Martna_vallavalitsus, lk 34
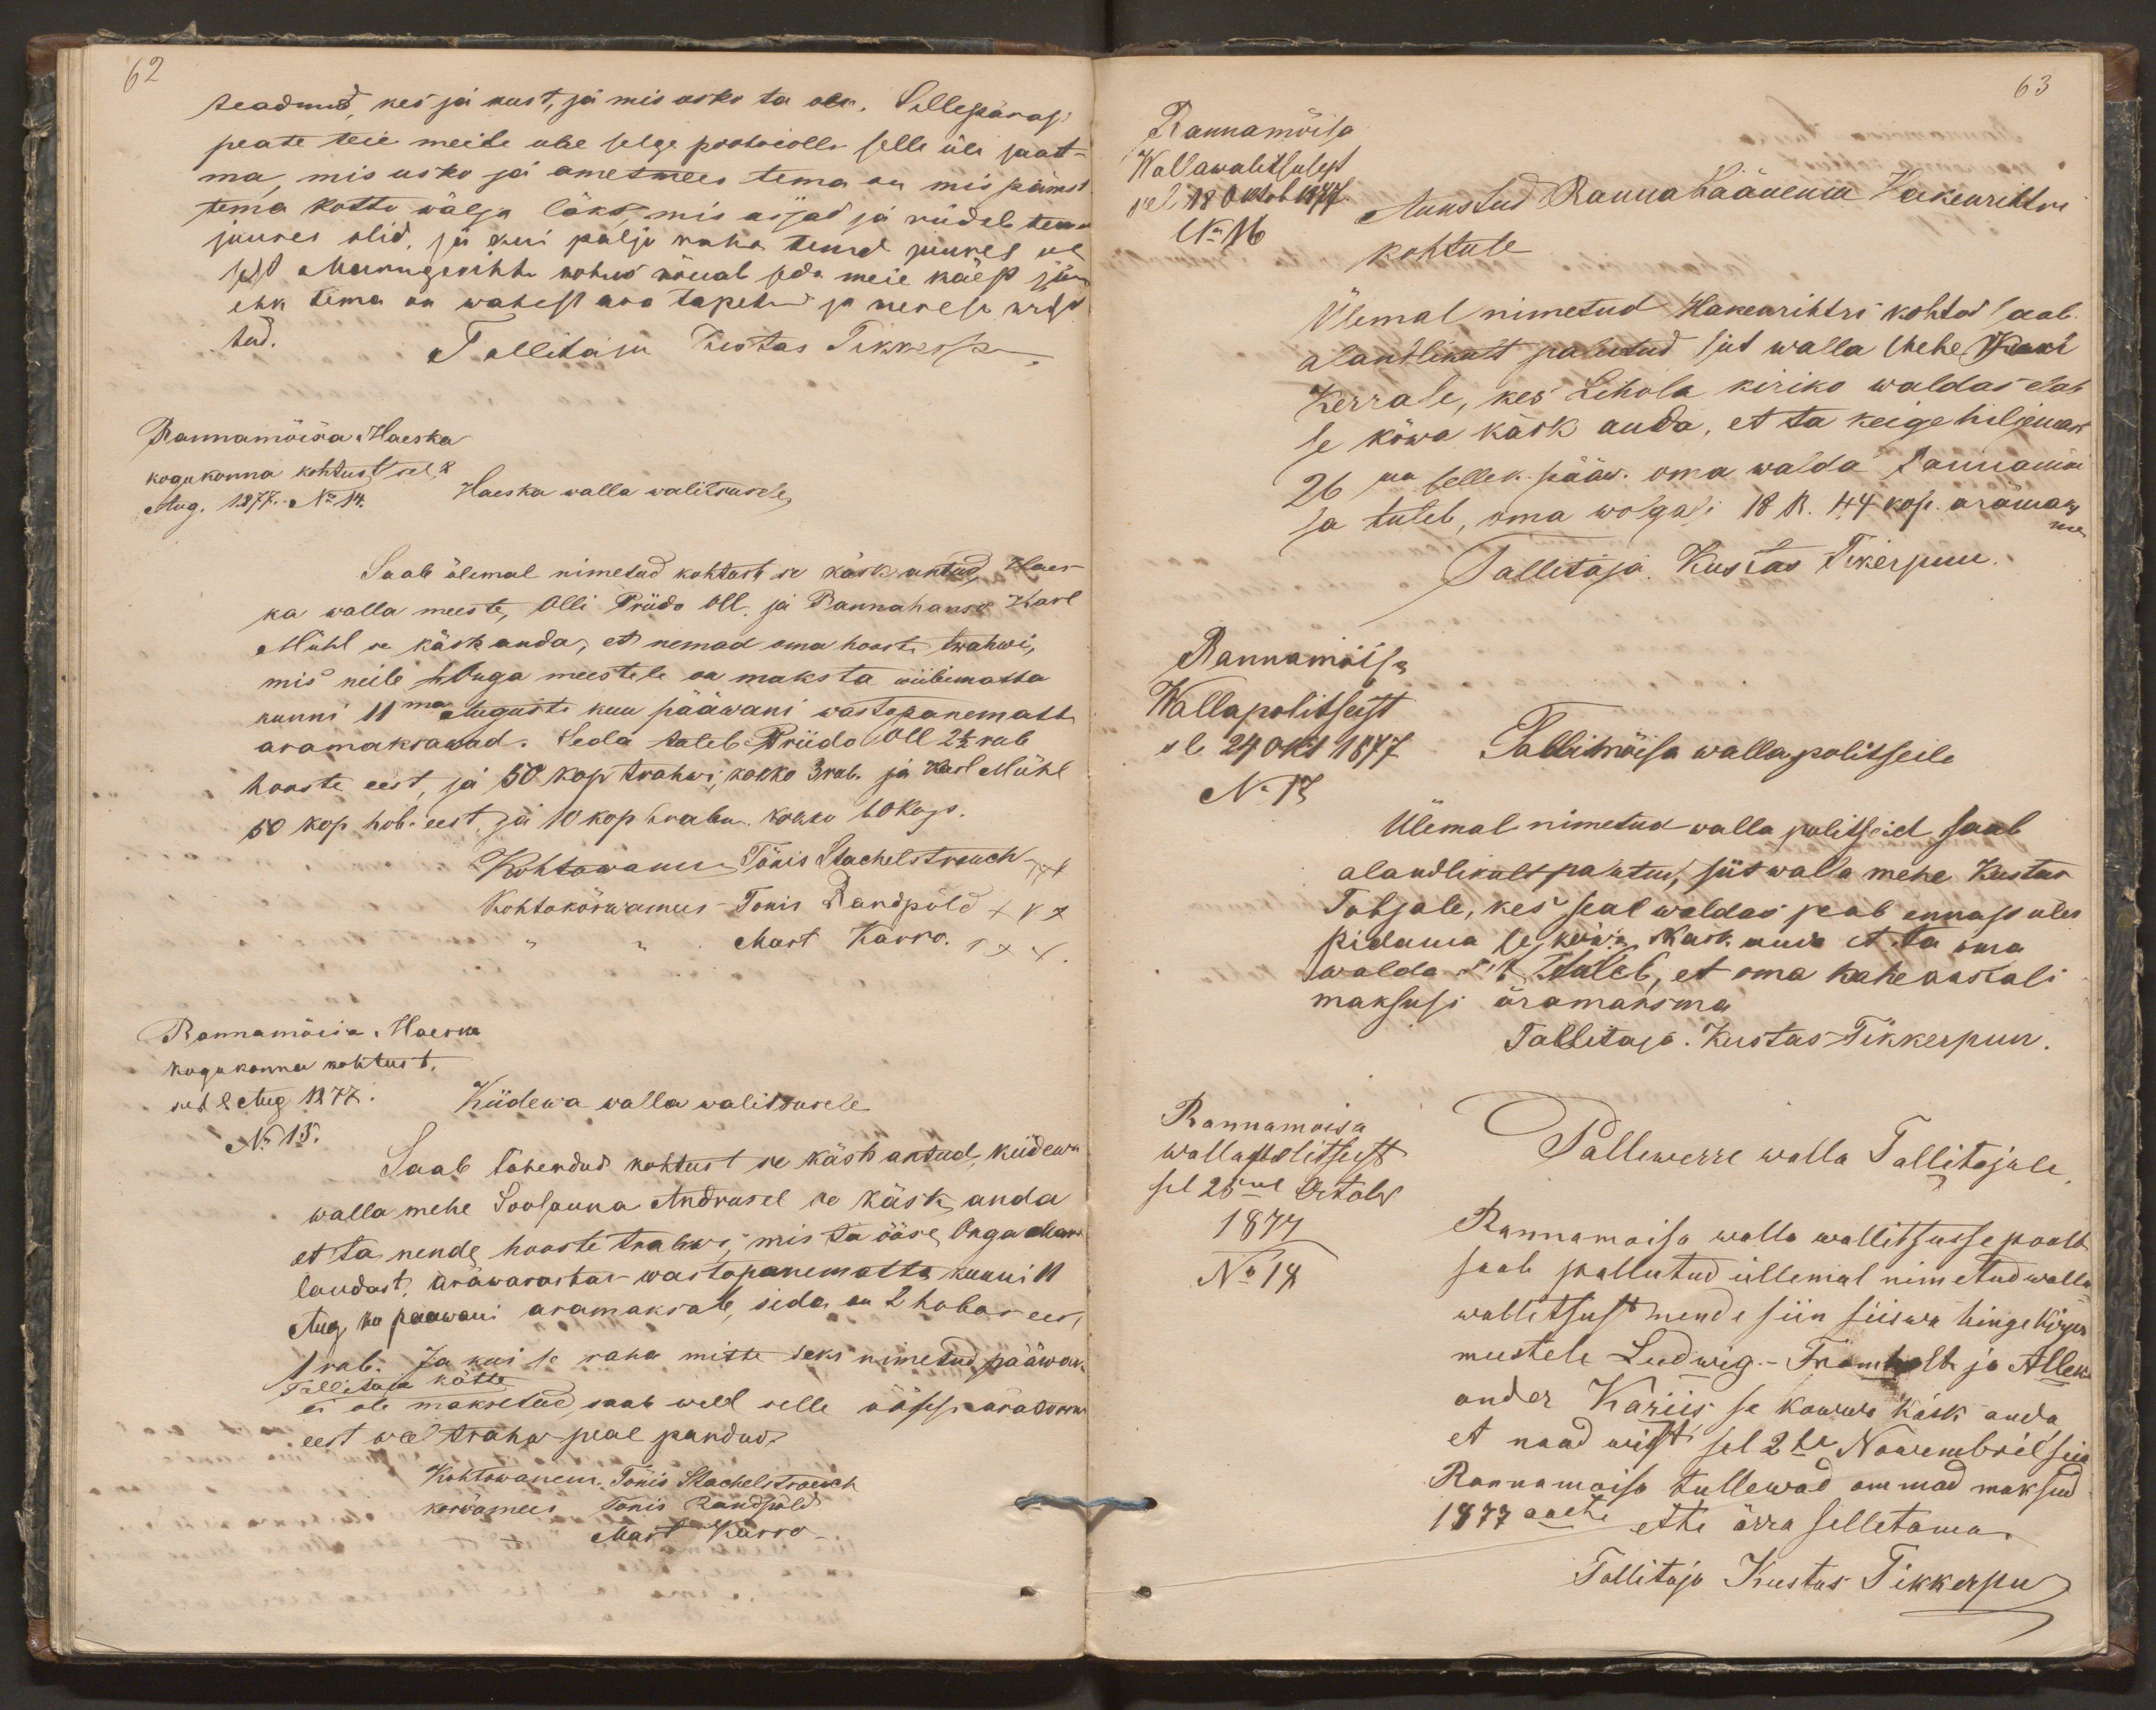
62
teadnud, kes ja kust, ja mis usko ta on. Sellepärast
peate teie meile uhe selge protocolle selle üle saat-
ma, mis usko ja ametmees tema on mis pärast
tema kottu wälja läks, mis asjad ja riideb tema
juures olid, ja kui palju raha temal juures oli
sest Manngerihti kohus nõuab seda meie käest jä-
ehk tema on wahest ära tapetud ja merese wisa
tud.
Tallitaja Kustas Tikkerpu.
Rannamõisa - Haeska
kogukonna kohtust sel 8
Haeska walla walitsusele,
Aug. 1877. No 14.
Saab ülemal nimetud kohtust se käsk antud, Haes-
ka walla meeste, Olli Priido Oll, ja Rannahanso Karl
Mühl se käsk anda, et nemad oma hooste trahwi,
mis neile h Onga meestele on maksta wiibimatta
kunni 11ma Augusti kuu pääwani wastapanematta
aramaksawad. Seda tuleb Priido Oll 2 1/2 rub
hooste eest, ja 50 kop trahwi, kokko 3rub. ja Karl Mühl
50 kop hob. eest, ja 10 kop trahwi kokko 60 kop.
Kohtowanem Tõnis Stachelstrauch xxx
kohtokõrwamees Tonis Randpõld xxx
Mart Karro.
Rannamõisa - Haeska
kogukonna kohtust.
sel 8 Aug 1877.
Kiidewa walla walitsusele
No 15.
Saab tähendud kohtust se käsk antud, kiidewa
walla mehe Soosauna Andrusel se käsk anda
et ta nende hooste trahwi, mis ta ööse Onga Mardi
laudast, äräwarastas wastapanematta kunni 11
Aug ku paawani aramaksab, seda on 2 hobos eest
1 rub. Ja kui se raha mitte seks nimetud pääwaks
Tallitaja kätte
ei ole maksetud, saab weel selle käsest äratoom
eest weel trahw peal pandud.
Kohtowanem. Tonis Stachelstrauch
kõrwamees Tonis Randpõld
Mart Karro

63
Rannamõisa
Wallawalitsusest
sel 18 Oktob 1877
Auustud Ranna Läänema Hakenrihtre
No 16
kohtute
Ülemal nimetud Hakenrihtri kohtod saab
alandlikult palutud siit walla Mehe Karl
Kerrale, kes Lihola kiriko waldas elab
se kõwa käsk anda, et ta keige hiljemak
26 ma sellek. pääw. oma walda Rannamoi
sa tuleb, oma wolgasi 18 R. 44 kop. äramaksma
Tallitaja. Kustas Tikerpuu.
Rannamõisa
Wallapolitseist
sel 24 okt 1877
Tallimõisa walla politseile
No 17
Ülemal nimetud walla politseid saab
alandlikult palutud, siit walla mehe Kustas
Tobjale, kes seal waldas peab ennast ules
pidama ja kõwa kask anda et ta oma
walda sõit tuleb, et oma kaheaastali
maksusi äramaksma
Tallitaja. Kustas Tikkerpuu.
Rannamoisa
Wallapolitsest
Pallewerre walla Tallitajale,
sel 25mal Octobr
1877
Rannamoisa walla wallitsusse poolt
No 18
saab pallutud üllemal nimetud walla
wallitsust nende siin siiswa hingekirjes
meestele Ludwig.-Fromholt ja Alleks
ander Kariis se kowwa käsk anda
et naad wist sel 2he Nowembril seia
Rannamoisa tullewad ommad maksud
1877 aasta ette ärra selletama.
Tallitaja Kustas Tikkerpu